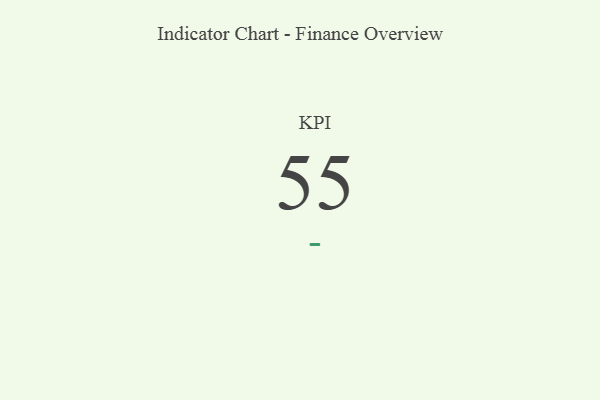
{"axis": {"x": "KPI", "y": "Value"}, "legend": [""], "data": [{"x": "KPI", "y": 55, "type": ""}]}